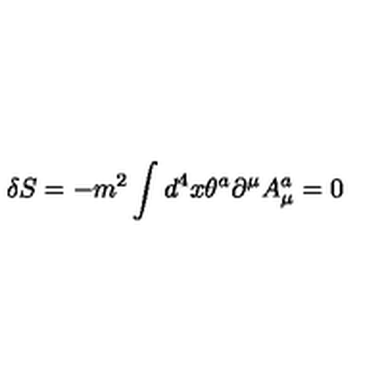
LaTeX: \delta S = - m ^ { 2 } \int d ^ { 4 } x \theta ^ { a } \partial ^ { \mu } A _ { \mu } ^ { a } = 0